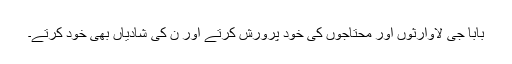
بابا جی لاوارثوں اور محتاجوں کی خود پرورش کرتے اور ن کی شادیاں بھی خود کرتے۔